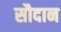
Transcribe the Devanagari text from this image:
सौदान